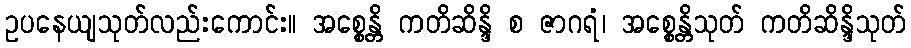
ဥပနေယျသုတ်လည်းကောင်း။ အစ္စေန္တိ ကတိဆိန္ဒိ စ ဇာဂရံ၊ အစ္စေန္တိသုတ် ကတိဆိန္ဒိသုတ်